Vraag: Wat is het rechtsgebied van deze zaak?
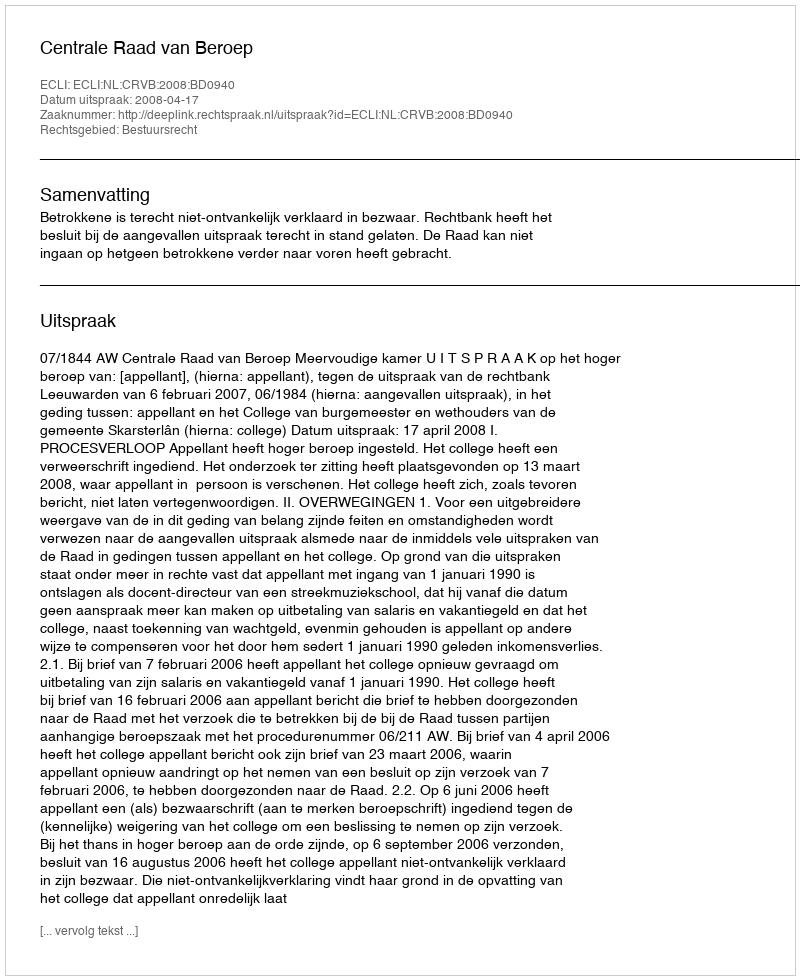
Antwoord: Bestuursrecht